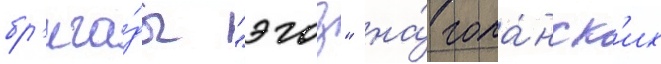
бр'ига́ды "эгоз" на́ гола́нск'их